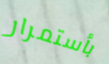
بأستمرار